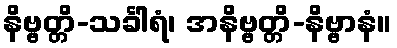
နိဗ္ဗတ္တိ-သင်္ခါရံ၊ အနိဗ္ဗတ္တိ-နိဗ္ဗာနံ။